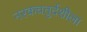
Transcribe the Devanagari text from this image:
नरकचतुर्दशीला